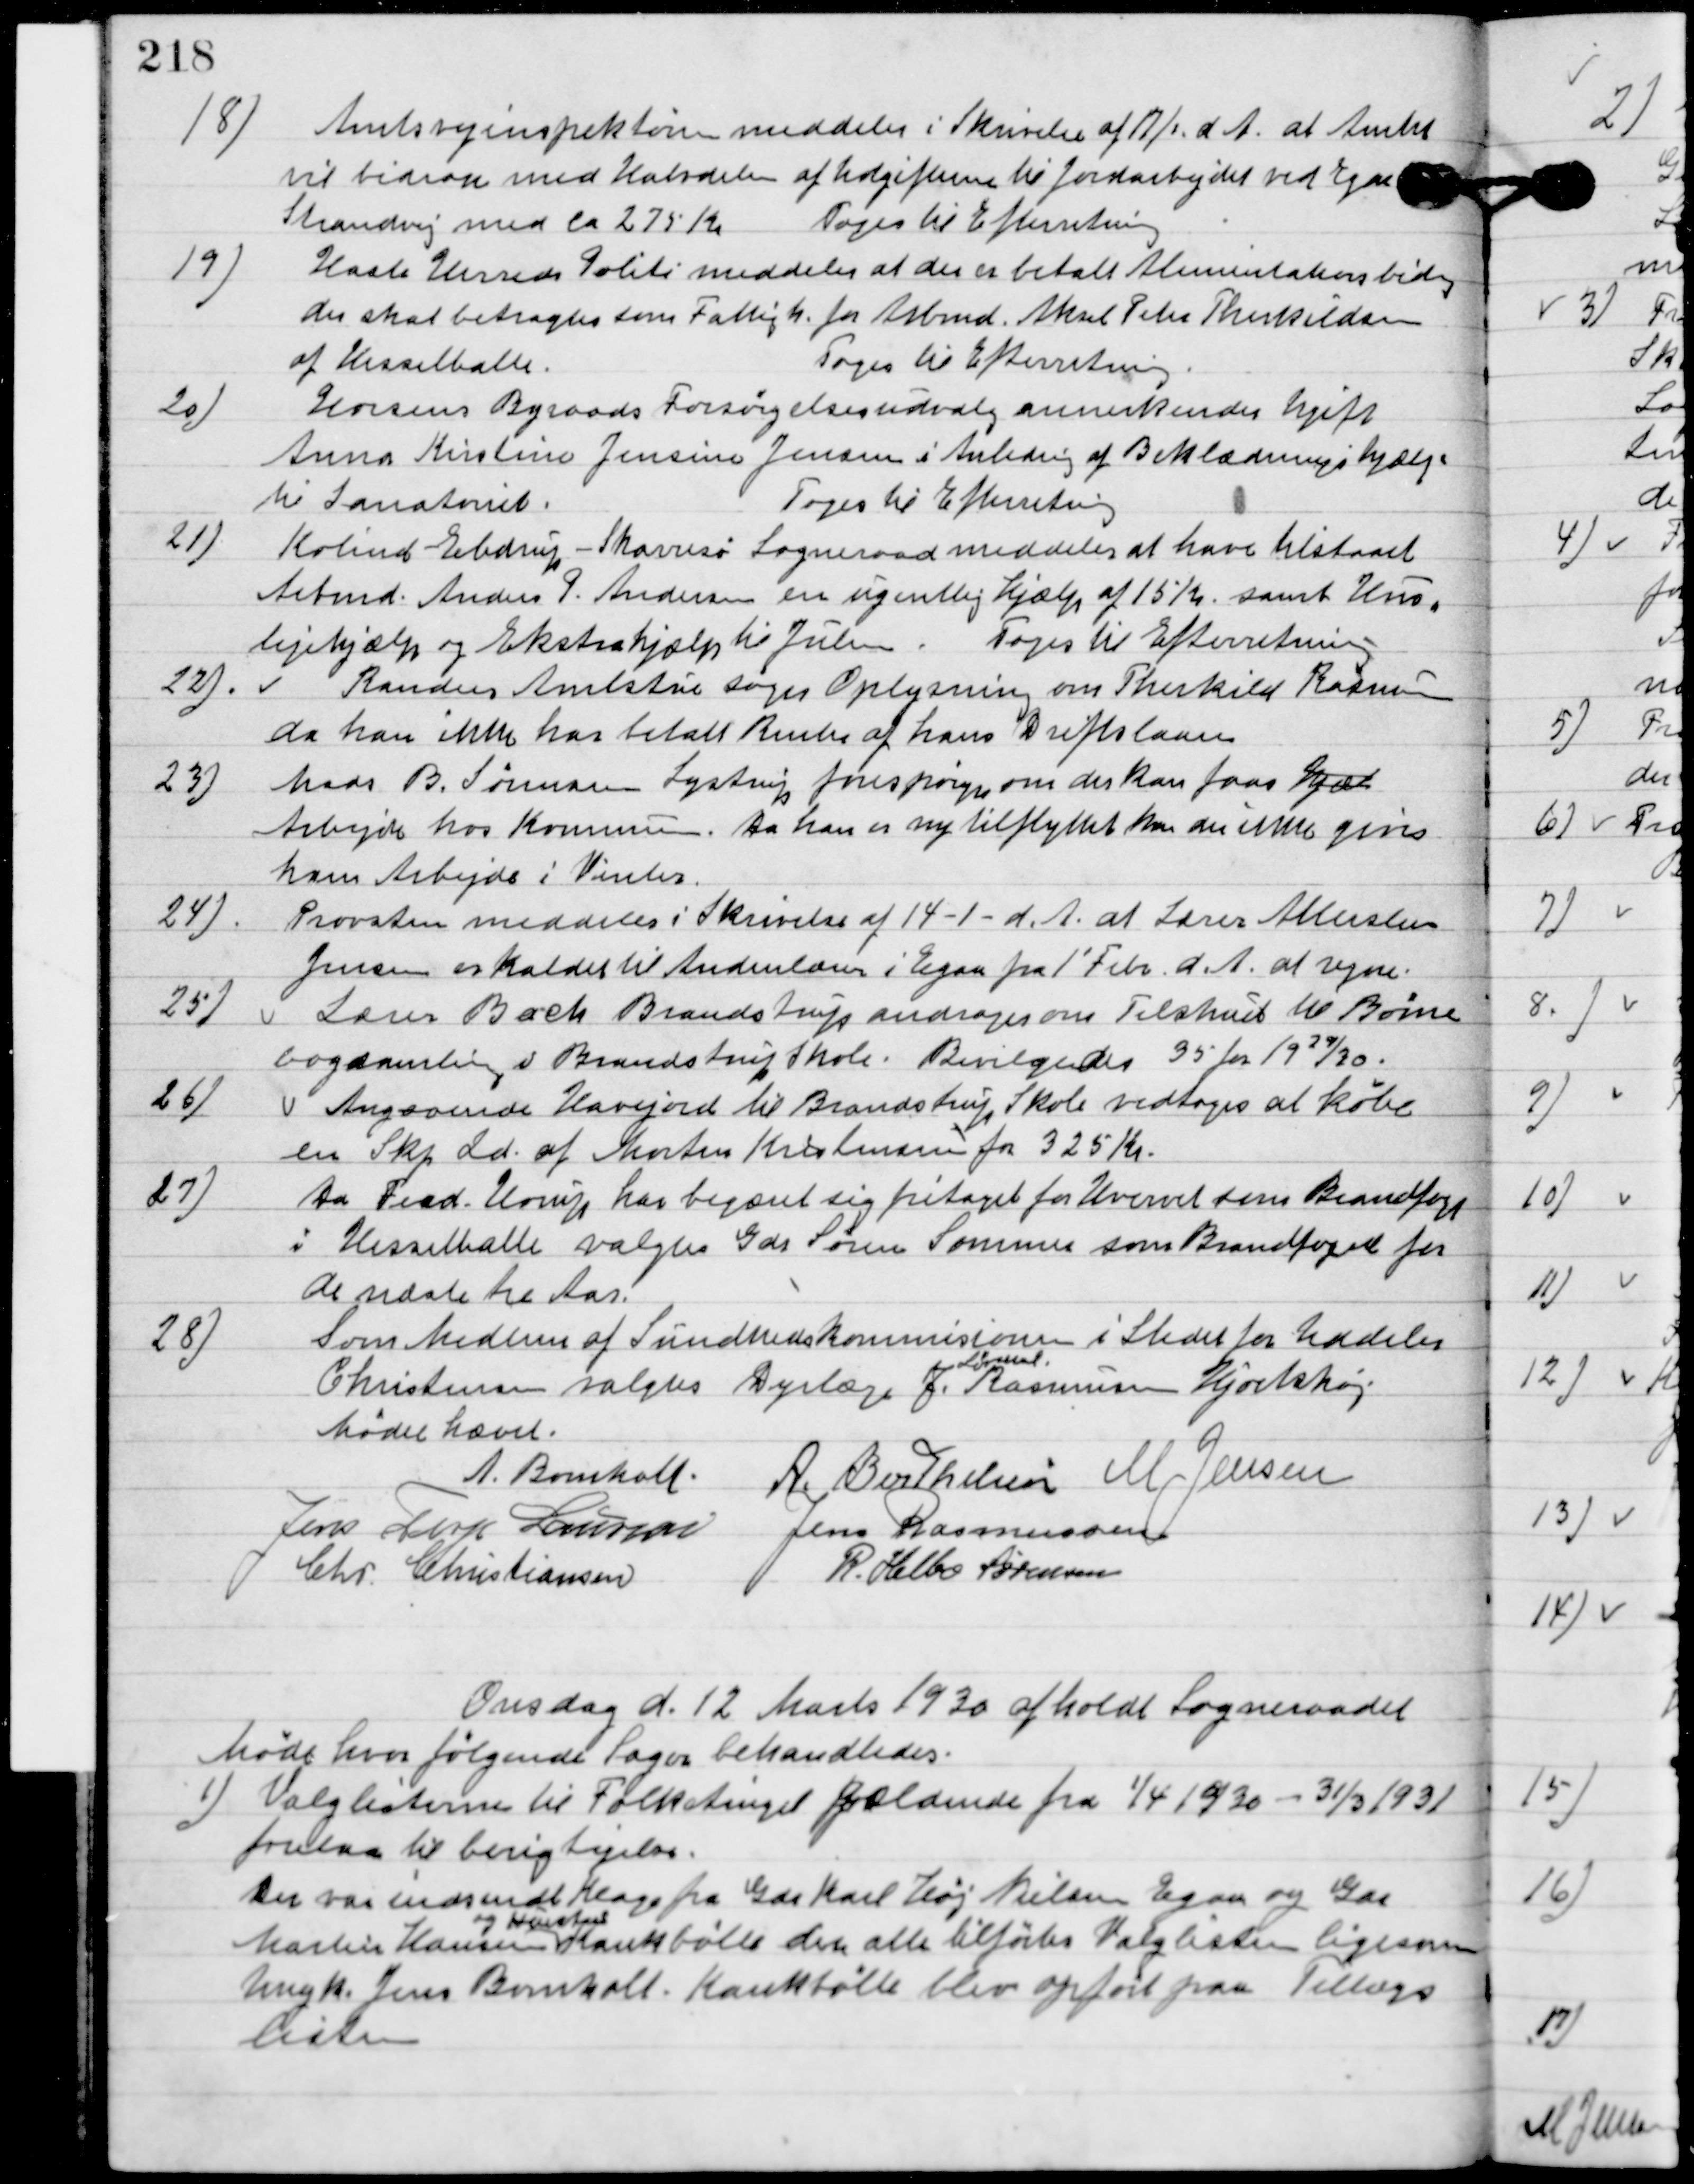
Transskription:
18

Amtsinspektøren meddeler i Skrivelse af 17/1 d. A. at Amtet
vil bidrage med Halvdelen af Udgifterne til Jordarbejdet ved Egaa
Strandvej med ca. 275 Kr.
Toges til Efterretning.

19

Hasle Herreds Politi meddeler at der er betalt Alimentationsbidrag
der skal betragtes som Fattigh. for Arbmd. Aksel Peter Therkildsen
af Hesselballe.
Toges til Efterretning.

20

Horsens Byraads Forsørgelsesudvalg annerkender hjælp til
Anna Kirstine Jensine Jensen i Anledning af Beklædningshjælp
til Sanatoriet.
Toges til Efterretning.

21

Kolind Ebdrup-Skarresø Sogneraad meddeler at have tilstaaet
Arbmd. Anders P. Andersen en ugentlig hjælp af 15 Kr. samt Hus-
lejehjælp og Ekstrahjælp til Julen.

22

Randers Amststue Sogn Oplysning om Therkild Rasmus
da han ikke har betalt Renter af hans Driftslaan.

24

Mads B. Sørensen Lystrup forespørger om der kan faas hjæl
Arbejde hos Kommunen. Da han er ny tilflyttet kan der ikke gives
ham Arbejde i vinter.

24

Provsten meddeler i skrivelse af 14-1-d. A. at Lærer Allersten
Jensen er kaldet til Andenlærer i Egaa fra 1´ Febr. d. A. at regne.

25

Lærer Bach Brandstrup andrager om Tilskud til Børne-
bogssamling v. Brandstrup Skole.
Bevilgedes 35 for 1929/30.

26

Angaaende Havejord il Brandstrup skole vedtoges at købe
en Skj. Ld. Af Morten Kristensen for 325 Kr.

27

Aa Fred. Urup har begæret sig fritaget for Hvervet som Brandfoged
i Hesselballe valgtes Gdr. Søren Sommer som Brandfoged for
de sidste tre Aar.

28.	Som Medlem af Sundhedskommissionen i Stedet for Uddeler
Christensen valgtes Dyrlæge J.
Lørmal
Rasmussen Hjortshøj.

Mødet hævet.

A. Bomholt
A. Berthelsen
M. Jensen
Jens Terp Laursen
Jens Rasmussen
Chr. Christiansen
R. Helbo Sørensen

Onsdag d. 12. Marts 1930 afholdt Sogneraadet
Møde hvor følgende sager behandledes.

1

Valglisterne til folketinget gældende fra ¼ 1930 – 31/3 1931 
forelaa til besigtigelse.
Der var indsendt klage fra Gdr. Karl Høj Nilsen Egaa og Gdr. 
Martinus Hansen 
og Hustru
Kankbølle der alle tilførtes Valglisten ligesom 
Ungk. Jens Bomholt, Kankbølle blev opført paa Tillægs-
listen.